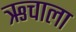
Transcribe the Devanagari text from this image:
ऋचाला